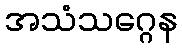
အသံသဂ္ဂေန